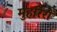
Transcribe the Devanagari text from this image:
मुहर्रिरों